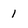
Character: 1